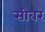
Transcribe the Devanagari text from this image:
सीबर